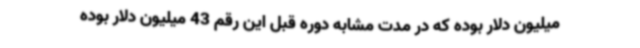
میلیون دلار بوده که در مدت مشابه دوره قبل این رقم 43 میلیون دلار بوده